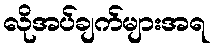
လိုအပ်ချက်များအရ